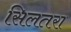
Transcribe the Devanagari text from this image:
सिलतरा